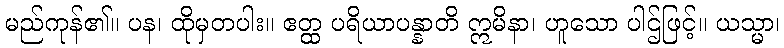
မည်ကုန်၏။ ပန၊ ထိုမှတပါး။ ဧတ္ထ ပရိယာပန္နာတိ ဣမိနာ၊ ဟူသော ပါဌ်ဖြင့်။ ယသ္မာ၊